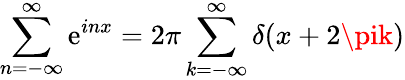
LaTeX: \sum_{n=-\infty}^{\infty}\mathrm{e}^{inx}=2\pi\sum_{k=-\infty}^{\infty}\delta(x+2\pik)